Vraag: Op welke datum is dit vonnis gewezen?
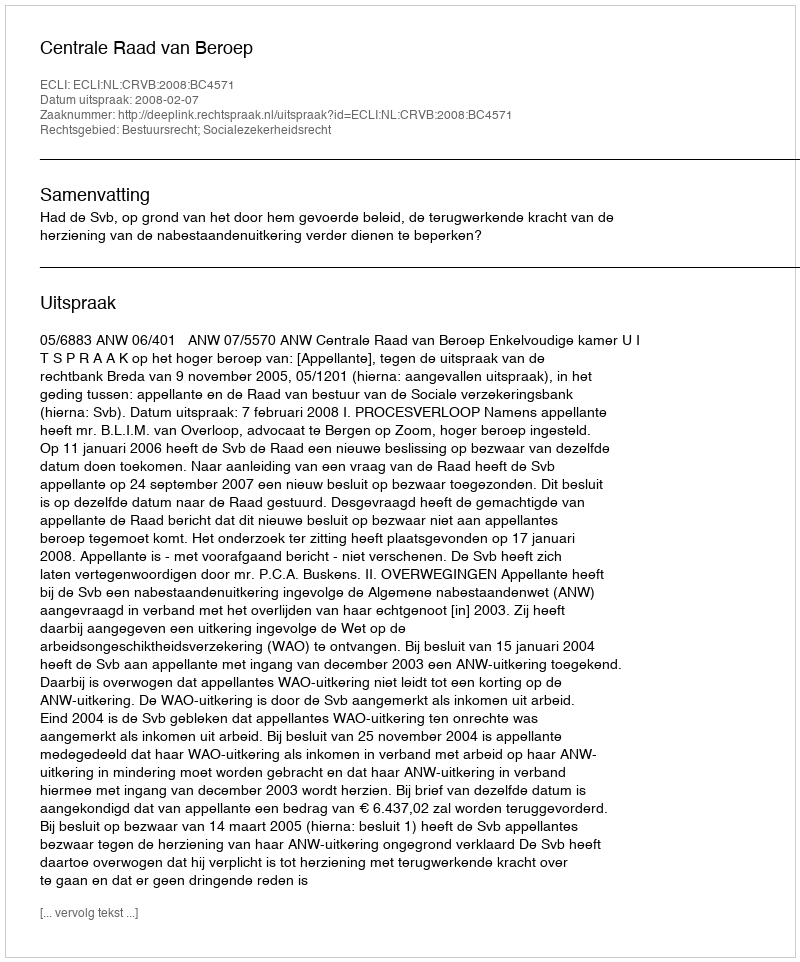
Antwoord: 2008-02-07